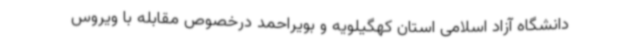
دانشگاه آزاد اسلامی استان کهگیلویه و بویراحمد درخصوص مقابله با ویروس